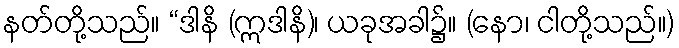
နတ်တို့သည်။ “ဒါနိ (ဣဒါနိ)၊ ယခုအခါ၌။ (နော၊ ငါတို့သည်။)